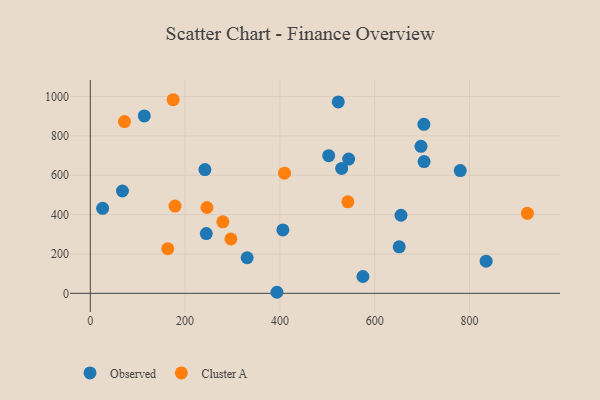
{"axis": {"x": "Engine Size", "y": "Rating"}, "legend": ["Cluster A", "Observed"], "data": [{"x": "502.9", "y": 699.5, "type": "Observed"}, {"x": "655.4", "y": 396.7, "type": "Observed"}, {"x": "393.7", "y": 5.3, "type": "Observed"}, {"x": "26.0", "y": 432.2, "type": "Observed"}, {"x": "703.7", "y": 859.1, "type": "Observed"}, {"x": "330.8", "y": 180.8, "type": "Observed"}, {"x": "545.0", "y": 682.1, "type": "Observed"}, {"x": "406.2", "y": 322.2, "type": "Observed"}, {"x": "530.3", "y": 634.6, "type": "Observed"}, {"x": "835.0", "y": 163.4, "type": "Observed"}, {"x": "780.4", "y": 624.0, "type": "Observed"}, {"x": "241.8", "y": 629.1, "type": "Observed"}, {"x": "575.1", "y": 85.4, "type": "Observed"}, {"x": "67.8", "y": 519.9, "type": "Observed"}, {"x": "697.6", "y": 747.1, "type": "Observed"}, {"x": "113.9", "y": 901.5, "type": "Observed"}, {"x": "244.7", "y": 303.6, "type": "Observed"}, {"x": "651.6", "y": 236.4, "type": "Observed"}, {"x": "523.1", "y": 972.6, "type": "Observed"}, {"x": "704.1", "y": 669.6, "type": "Observed"}, {"x": "279.6", "y": 363.3, "type": "Cluster A"}, {"x": "296.6", "y": 276.6, "type": "Cluster A"}, {"x": "246.1", "y": 436.2, "type": "Cluster A"}, {"x": "163.4", "y": 226.7, "type": "Cluster A"}, {"x": "543.3", "y": 464.8, "type": "Cluster A"}, {"x": "922.0", "y": 406.5, "type": "Cluster A"}, {"x": "178.7", "y": 443.5, "type": "Cluster A"}, {"x": "72.1", "y": 872.6, "type": "Cluster A"}, {"x": "409.7", "y": 610.5, "type": "Cluster A"}, {"x": "174.8", "y": 983.9, "type": "Cluster A"}]}